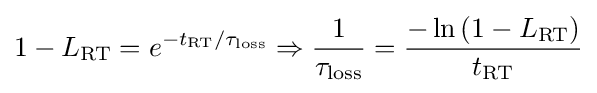
1-L_{\rm {RT}}=e^{-t_{\rm {RT}}/\tau _{\rm {loss}}}\Rightarrow {\frac {1}{\tau _{\rm {loss}}}}={\frac {-\ln {(1-L_{\rm {RT}})}}{t_{\rm {RT}}}}